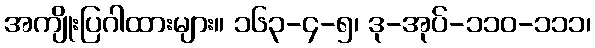
အကျိုးပြဂါထားများ။ ၁၆၃-၄-၅၊ ဒု-အုပ်-၁၁၀-၁၁၁၊